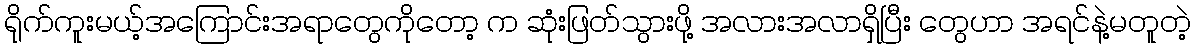
ရိုက်ကူးမယ့်အကြောင်းအရာတွေကိုတော့ က ဆုံးဖြတ်သွားဖို့ အလားအလာရှိပြီး တွေဟာ အရင်နဲ့မတူတဲ့